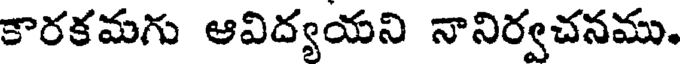
కారకమగు ఆవిద్యయని నానిర్వచనము.